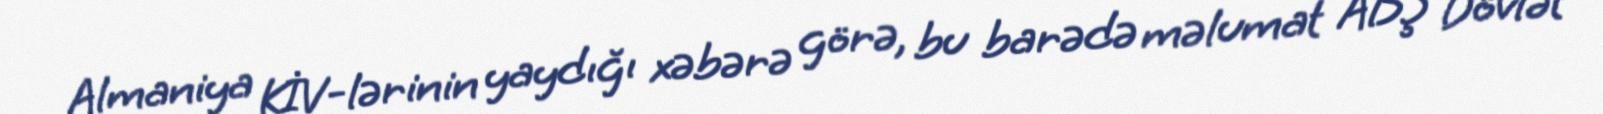
Almaniya KİV-lərinin yaydığı xəbərə görə, bu barədə məlumat ABŞ Dövlət